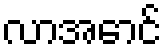
လာအောင်